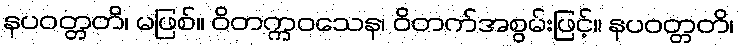
နပဝတ္တတိ၊ မဖြစ်။ ဝိတက္ကဝသေန၊ ဝိတက်အစွမ်းဖြင့်။ နပဝတ္တတိ၊